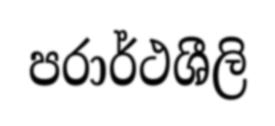
පරාර්ථශීලි